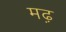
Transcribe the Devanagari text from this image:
मढ़़